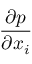
\frac { { \partial } { p } } { \partial { { x } _ { i } } }